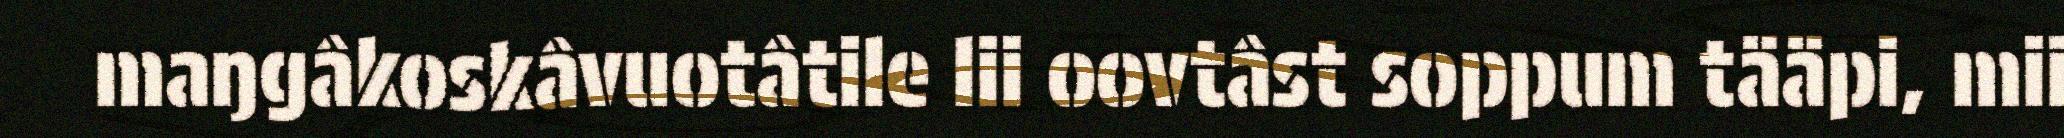
maŋgâkoskâvuotâtile lii oovtâst soppum tääpi, mii